Annual report on the mental hospital in the Central Provinces and Berar (Nagpur) - 1927-1951
Year: 1927
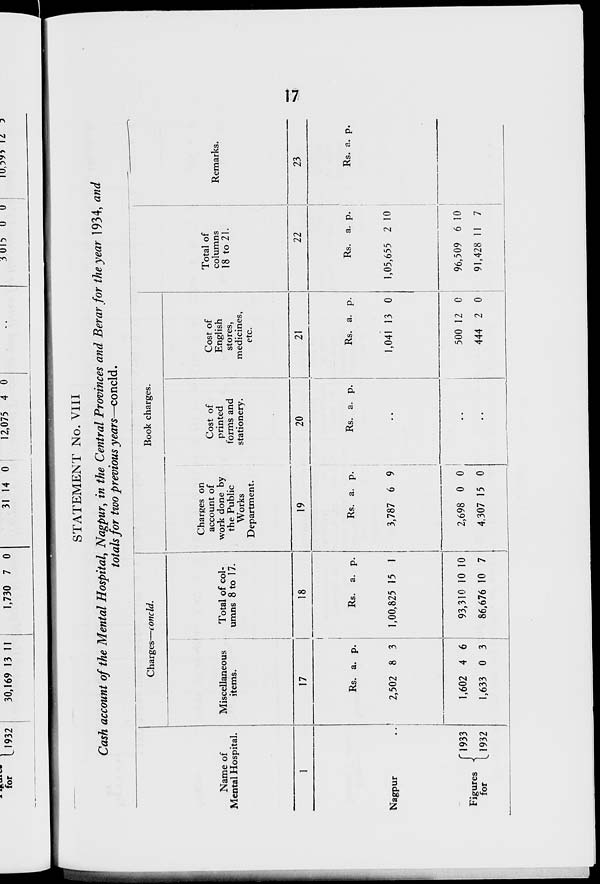
17
STATEMENT No. VIII
Cash account of the Mental Hospital, Nagpur, in the Central Provinces and Berar for the year 1934, and
totals for two previous years—concld.
Name of
Mental Hospital.
1
Nagpur ..
Figures
for
1933
1932
Charges—concld.
Miscellaneous
items.
17
Rs.
2,502
1,602
1,633
a.
8
4
0
p.
3
6
3
Total of col-
umns 8 to 17.
18
Rs.
1,00,825
93,310
86,676
a.
15
10
10
p.
1
10
7
Book charges.
Charges on
account of
work done by
the Public
Works
Department.
19
Rs.
3,787
2,698
4,307
a.
6
0
15
p.
9
0
0
Cost of
printed
forms and
stationery.
20
Rs. a. p.
..
..
Cost of
English
stores,
medicines,
etc.
21
Rs.
1,041
500
444
a.
13
12
2
p.
0
0
0
Total of
columns
18 to 21.
22
Rs.
1,05,655
96,509
91,428
a.
2
6
11
p.
10
10
7
Remarks.
23
Rs. a. p.